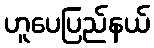
ဟူပေပြည်နယ်